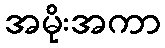
အမိုးအကာ